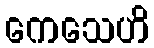
ကေသေဟိ